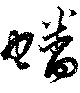
蟠